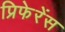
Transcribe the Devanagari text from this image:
प्रिफेरेंस